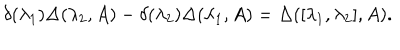
\delta ( \lambda _ { 1 } ) \Delta ( \lambda _ { 2 } , A ) - \delta ( \lambda _ { 2 } ) \Delta ( \lambda _ { 1 } , A ) = \Delta ( [ \lambda _ { 1 } , \lambda _ { 2 } ] , A ) .